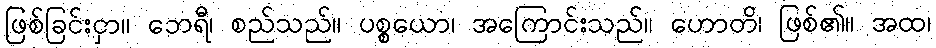
ဖြစ်ခြင်းငှာ။ ဘေရီ၊ စည်သည်။ ပစ္စယော၊ အကြောင်းသည်။ ဟောတိ၊ ဖြစ်၏။ အထ၊